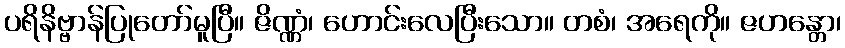
ပရိနိဗ္ဗာန်ပြုတော်မူပြီ။ ဇိဏ္ဏံ၊ ဟောင်းလေပြီးသော။ တစံ၊ အရေကို။ ဇဟန္တော၊